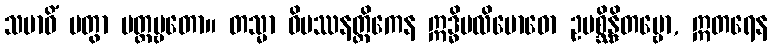
သမာဓိံ ပတွာ ပတ္တဗ္ဗတော။ တသ္မာ ဝိပဿနတ္ထိကေန ဣဒ္ဓိပလိဗောဓော ဥပစ္ဆိန္ဒိတဗ္ဗော, ဣတရေန